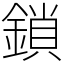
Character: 鎖